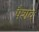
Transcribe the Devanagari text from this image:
षैशव